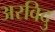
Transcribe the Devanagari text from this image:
अरविदु